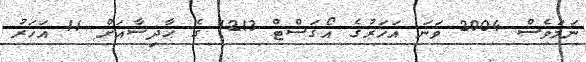
ނަމަވެސް 2004 ވަނަ އަހަރުގެ އޯގަސްޓް 1213 ގެ ޙާދިސާއަށް 11 އަހަރު